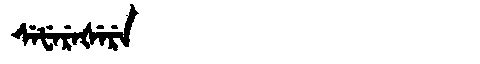
Manchu: ᠰᡝᡶᡝᡵᡝᡧᡝᡵᡝ
Romanization: SEFEREŠERE